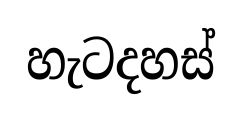
හැටදහස්